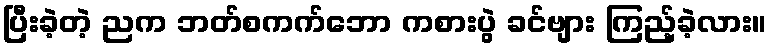
ပြီးခဲ့တဲ့ ညက ဘတ်စကက်ဘော ကစားပွဲ ခင်ဗျား ကြည့်ခဲ့လား။